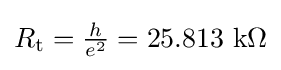
R_{\rm {t}}={\tfrac {h}{e^{2}}}=25.813~{\text{k}}\Omega